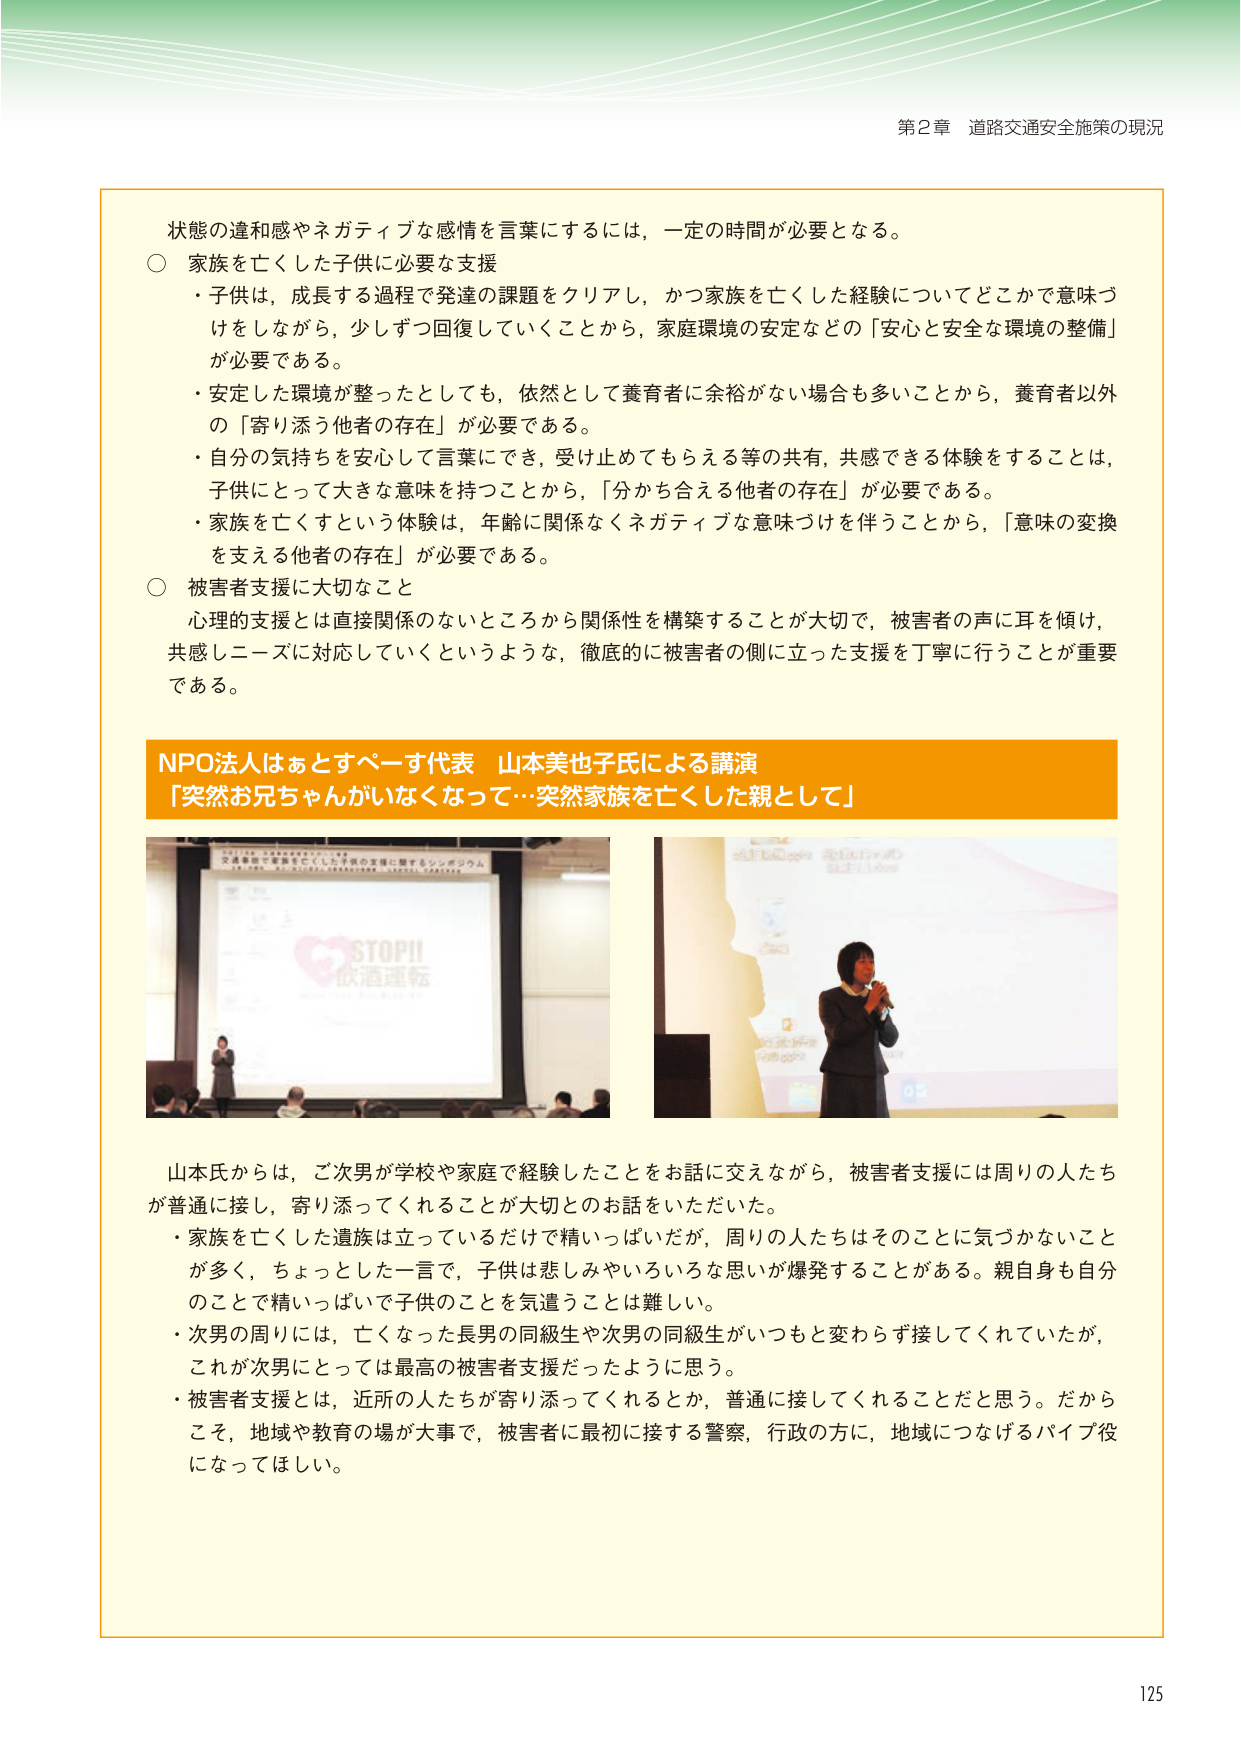
第2章 道路交通安全施策の現況

状態の違和感やネガティブな感情を言葉にするには、一定の時間が必要となる。

○ 家族を亡くした子供に必要な支援
・子供は、成長する過程で発達の課題をクリアし、かつ家族を亡くした経験についてどこかで意味づけをしながら、少しずつ回復していくことから、家庭環境の安定などの「安心と安全な環境の整備」が必要である。
・安定した環境が整ったとしても、依然として養育者に余裕がない場合も多いことから、養育者以外の「寄り添う他者の存在」が必要である。
・自分の気持ちを安心して言葉にでき、受け止めてもらえる等の共有、共感できる体験をすることは、子供にとって大きな意味を持つことから、「分かち合える他者の存在」が必要である。
・家族を亡くすという体験は、年齢に関係なくネガティブな意味づけを伴うことから、「意味の変換を支える他者の存在」が必要である。

○ 被害者支援に大切なこと
心理的支援とは直接関係のないところから関係性を構築することが大切で、被害者の声に耳を傾け、共感ニーズに対応していくというような、徹底的に被害者の側に立った支援を丁寧に行うことが重要である。

NPO法人はぁとすぺーす代表 山本美也子氏による講演
「突然お兄ちゃんがいなくなって…突然家族を亡くした親として」

STOP!!
飲酒運転

山本氏からは、ご次男が学校や家庭で経験したことをお話に交えながら、被害者支援には周りの人たちが普通に接し、寄り添ってくれることが大切とのお話をいただいた。
・家族を亡くした遺族は立っているだけで精いっぱいだが、周りの人たちはそのことに気づかないことが多く、ちょっとした一言で、子供は悲しみやいろいろな思いが爆発することがある。親自身も自分のことで精いっぱいで子供のことを気遣うことは難しい。
・次男の周りには、亡くなった長男の同級生や次男の同級生がいつもと変わらず接してくれていたが、これが次男にとっては最高の被害者支援だったように思う。
・被害者支援とは、近所の人たちが寄り添ってくれるとか、普通に接してくれることだと思う。だからこそ、地域や教育の場が大事で、被害者に最初に接する警察、行政の方に、地域につなげるパイプ役になってほしい。

125